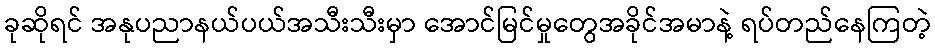
ခုဆိုရင် အနုပညာနယ်ပယ်အသီးသီးမှာ အောင်မြင်မှုတွေအခိုင်အမာနဲ့ ရပ်တည်နေကြတဲ့